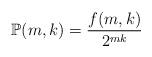
LaTeX: \begin{align*}\mathbb{P}(m,k) = \frac{f(m,k)}{2^{mk}}\end{align*}